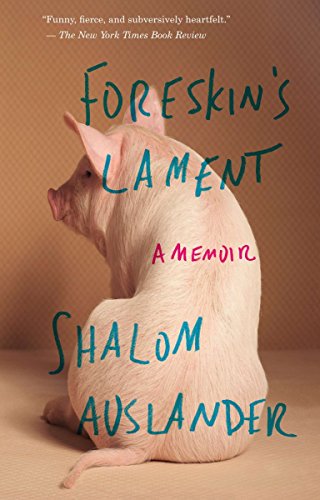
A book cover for Foreskin's Lament: A Memoir; Shalom Auslander; Religion & Spirituality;